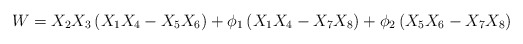
\begin{align*}W=X_2X_3\left(X_1X_4-X_5X_6\right)+\phi_1\left(X_1X_4-X_7X_8\right)+\phi_2\left(X_5X_6-X_7X_8\right)\end{align*}